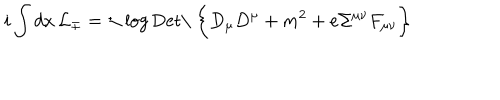
LaTeX: i \int d x \, { \cal L } _ { \mp } = \pm \log \mathrm { D e t \ } \biggl \{ D _ { \mu } D ^ { \mu } + m ^ { 2 } + e \Sigma ^ { \mu \nu } F _ { \mu \nu } \biggr \}